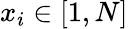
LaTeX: x_{i}\in[1,N]